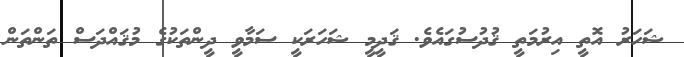
ޝަހަރު އޮތީ އިރުމަތީ ޤުދުސުގައެވެ. ޤަދީމީ ޝަހަރަކީ ސަމާވީ ދީންތަކުގެ މުޤައްދަސް ތަންތަން